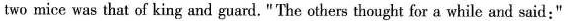
two mice was that of king and guard. "'The others thought for a while and said:"